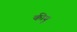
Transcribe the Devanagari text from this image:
कीयु